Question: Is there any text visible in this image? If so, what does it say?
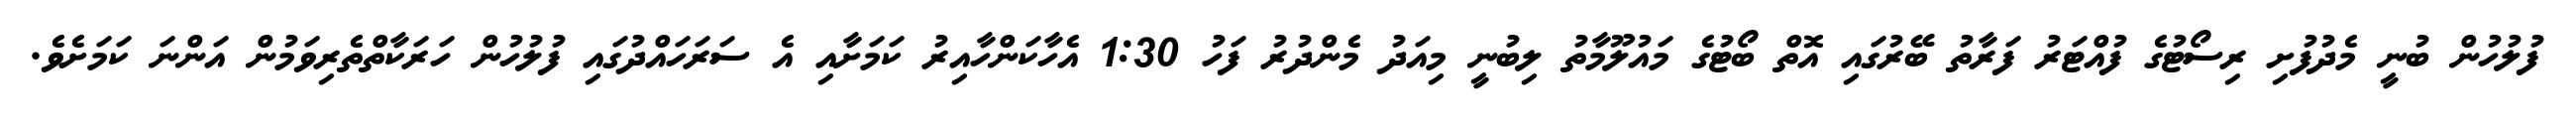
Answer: ފުލުހުން ބުނީ މެދުފުށި ރިސޯޓުގެ ފުއްޓަރު ފަރާތު ބޭރުގައި އޮތް ބޯޓުގެ މައުލޫމާތު ލިބުނީ މިއަދު މެންދުރު ފަހު 1:30 އެހާކަންހާއިރު ކަމަށާއި އެ ސަރަހައްދުގައި ފުލުހުން ހަރަކާތްތެރިވަމުން އަންނަ ކަމަށެވެ.